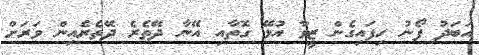
އަބަދު ފޯނު ހިފައިގެން ޒީވާ އުޅޭ ގޮތާއި އޭނާ ދޭތެރެ ދޭތެރެއިން ވަރަށް